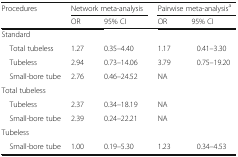
| <ROWSPAN=2> Procedures | <COLSPAN=2> Network meta-analysis | <COLSPAN=2> Pairwise meta-analysisa |
 | OR | 95% CI | OR | 95% CI |
 | --- | --- | --- | --- | --- |
 | <COLSPAN=5> Standard |
 | Total tubeless | 1.27 | 0.35–4.40 | 1.17 | 0.41–3.30 |
 | Tubeless | 2.94 | 0.73–14.06 | 3.79 | 0.75–19.20 |
 | Small-bore tube | 2.76 | 0.46–24.52 | NA |  |
 | <COLSPAN=5> Total tubeless |
 | Tubeless | 2.37 | 0.34–18.19 | NA |  |
 | Small-bore tube | 2.39 | 0.24–22.21 | NA |  |
 | <COLSPAN=5> Tubeless |
 | Small-bore tube | 1.00 | 0.19–5.30 | 1.23 | 0.34–4.53 |